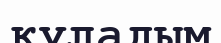
қуладым